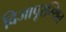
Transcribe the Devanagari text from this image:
विजापूरस्थित